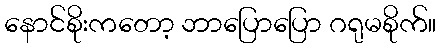
နောင်စိုးကတော့ ဘာပြောပြော ဂရုမစိုက်။